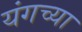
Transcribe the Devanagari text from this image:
यंगच्या